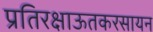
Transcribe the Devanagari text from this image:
प्रतिरक्षाऊतकरसायन